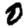
Digit: 0